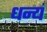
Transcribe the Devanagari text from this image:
धन्यं